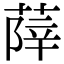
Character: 𦵮